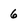
Character: 6